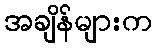
အချိန်များက